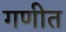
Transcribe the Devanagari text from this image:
गणीत